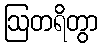
ဩတရိတွာ